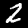
Digit: 2